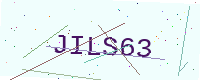
Text: JILS63